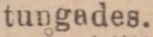
tungades.